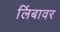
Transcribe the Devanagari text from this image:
लिंबावर